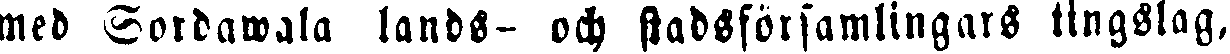
med Sordawala lands- och stadsförsamlingars tingslag,